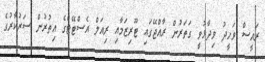
ރައީސް ވަހީދު ވިދާޅުވީ ގަތަރުން ރާއްޖޭގައި ޓޫރިޒަމާއި ރިއަލް އެސްޓޭޓްގެ އިތުރުން ސަރުކާރުގެ